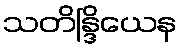
သတိန္ဒြိယေန